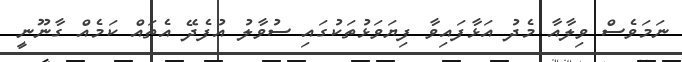
ނަމަވެސް ވިލާއާ މެދު އަޅާފައިވާ ފިޔަވަޅުތަކުގައި ސުވާލު އުފެދޭ އެތައް ކަމެއް ގާނޫނީ